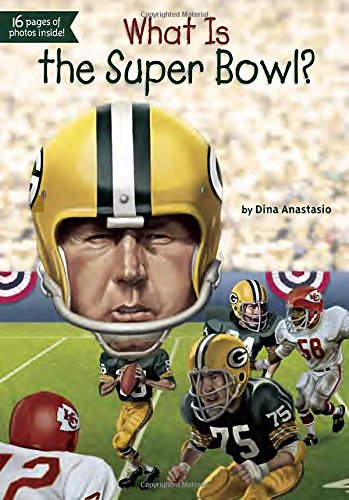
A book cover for What Is the Super Bowl? (What Was...?); Dina Anastasio; Children's Books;